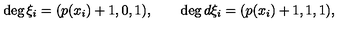
\deg \xi _ { i } = ( p ( x _ { i } ) + 1 , 0 , 1 ) , \qquad \deg d \xi _ { i } = ( p ( x _ { i } ) + 1 , 1 , 1 ) ,